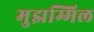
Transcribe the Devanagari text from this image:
मुझम्मिल